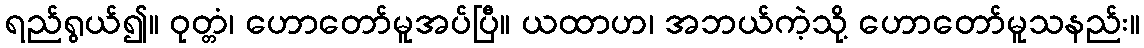
ရည်ရွယ်၍။ ဝုတ္တံ၊ ဟောတော်မူအပ်ပြီ။ ယထာဟ၊ အဘယ်ကဲ့သို့ ဟောတော်မူသနည်း။